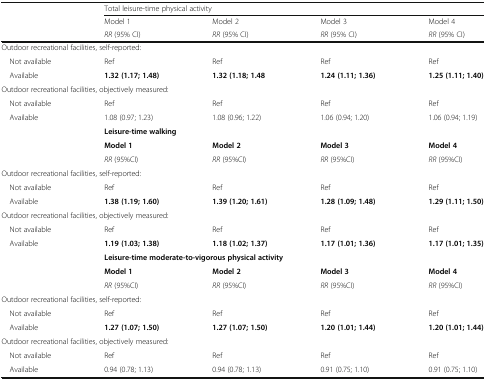
|  | <COLSPAN=4> Total leisure-time physical activity |
 | <ROWSPAN=2>  | Model 1 | Model 2 | Model 3 | Model 4 |
 | RR (95% CI) | RR (95% CI) | RR (95% CI) | RR (95% CI) |
 | --- | --- | --- | --- | --- |
 | <COLSPAN=5> Outdoor recreational facilities, self-reported: |
 | Not available | Ref | Ref | Ref | Ref |
 | Available | 1.32 (1.17; 1.48) | 1.32 (1.18; 1.48 | 1.24 (1.11; 1.36) | 1.25 (1.11; 1.40) |
 | <COLSPAN=5> Outdoor recreational facilities, objectively measured: |
 | Not available | Ref | Ref | Ref | Ref |
 | Available | 1.08 (0.97; 1.23) | 1.08 (0.96; 1.22) | 1.06 (0.94; 1.20) | 1.06 (0.94; 1.19) |
 |  | <COLSPAN=4> Leisure-time walking |
 |  | Model 1 | Model 2 | Model 3 | Model 4 |
 |  | RR (95%CI) | RR (95%CI) | RR (95%CI) | RR (95%CI) |
 | <COLSPAN=5> Outdoor recreational facilities, self-reported: |
 | Not available | Ref | Ref | Ref | Ref |
 | Available | 1.38 (1.19; 1.60) | 1.39 (1.20; 1.61) | 1.28 (1.09; 1.48) | 1.29 (1.11; 1.50) |
 | <COLSPAN=5> Outdoor recreational facilities, objectively measured: |
 | Not available | Ref | Ref | Ref | Ref |
 | Available | 1.19 (1.03; 1.38) | 1.18 (1.02; 1.37) | 1.17 (1.01; 1.36) | 1.17 (1.01; 1.35) |
 |  | <COLSPAN=4> Leisure-time moderate-to-vigorous physical activity |
 |  | Model 1 | Model 2 | Model 3 | Model 4 |
 |  | RR (95%CI) | RR (95%CI) | RR (95%CI) | RR (95%CI) |
 | <COLSPAN=5> Outdoor recreational facilities, self-reported: |
 | Not available | Ref | Ref | Ref | Ref |
 | Available | 1.27 (1.07; 1.50) | 1.27 (1.07; 1.50) | 1.20 (1.01; 1.44) | 1.20 (1.01; 1.44) |
 | <COLSPAN=5> Outdoor recreational facilities, objectively measured: |
 | Not available | Ref | Ref | Ref | Ref |
 | Available | 0.94 (0.78; 1.13) | 0.94 (0.78; 1.13) | 0.91 (0.75; 1.10) | 0.91 (0.75; 1.10) |